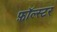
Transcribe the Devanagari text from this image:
फ़ॉल्स्टर